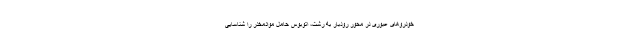
خودروهای عبوری در محور رودبار به رشت، اتوبوس حامل موادمخدر را شناسایی